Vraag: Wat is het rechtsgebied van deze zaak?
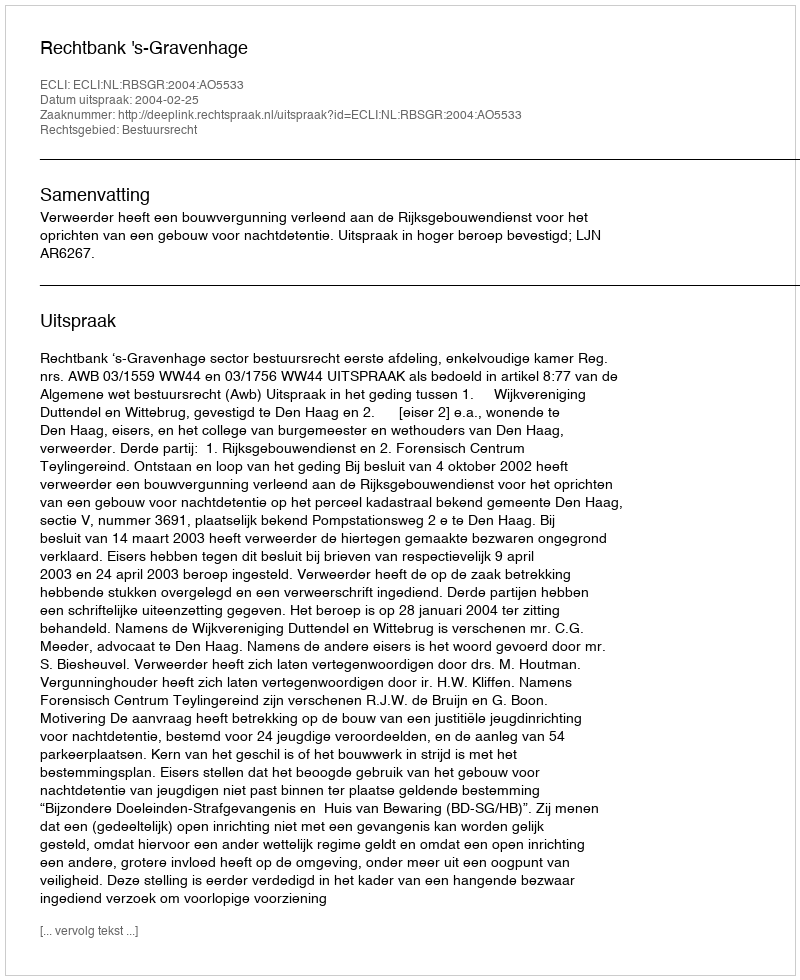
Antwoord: Bestuursrecht